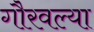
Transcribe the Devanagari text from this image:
गौरवल्या